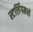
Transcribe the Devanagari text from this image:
स्टर्लिंगमध्ये